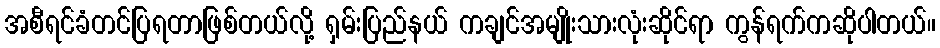
အစီရင်ခံတင်ပြရတာဖြစ်တယ်လို့ ရှမ်းပြည်နယ် ကချင်အမျိုးသားလုံးဆိုင်ရာ ကွန်ရက်ကဆိုပါတယ်။